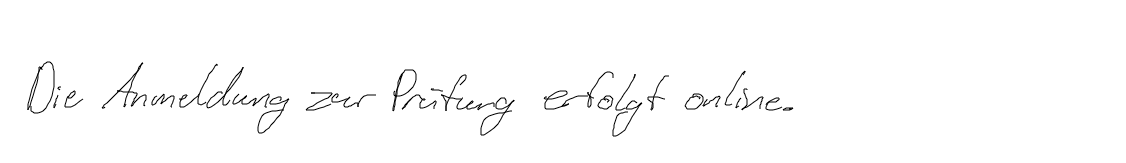
Die Anmeldung zur Prüfung erfolgt online.